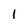
Character: 1